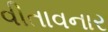
વીતાવનાર